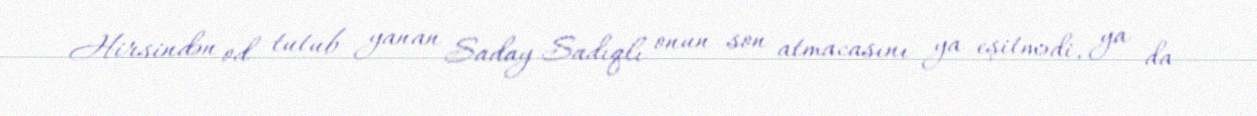
Hirsindən od tutub yanan Saday Sadıqlı onun son atmacasını ya eşitmədi, ya da